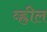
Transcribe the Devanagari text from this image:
व्ह्रील